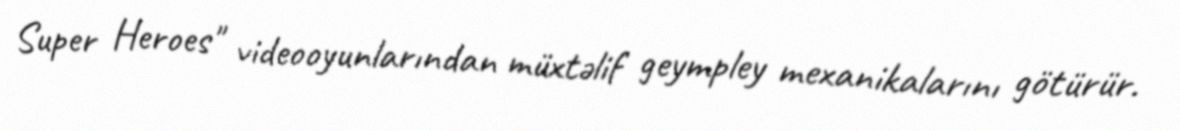
Super Heroes" videooyunlarından müxtəlif geympley mexanikalarını götürür.